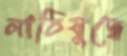
লাঠিযুদ্ধে